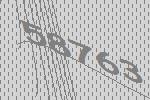
58763